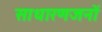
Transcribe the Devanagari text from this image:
साधारणजनों